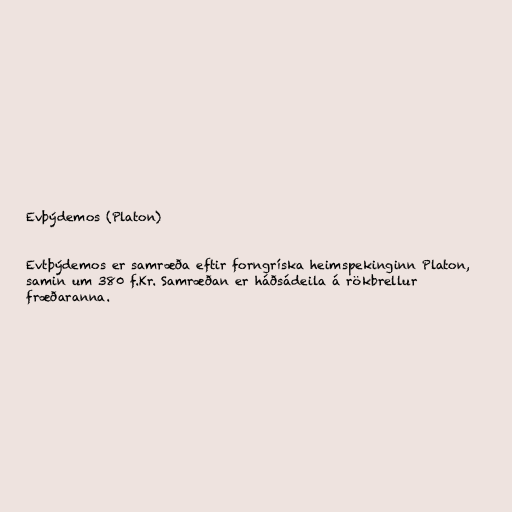
Evþýdemos (Platon)

Evtþýdemos er samræða eftir forngríska heimspekinginn Platon,
samin um 380 f.Kr. Samræðan er háðsádeila á rökbrellur
fræðaranna.